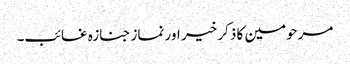
مرحومین کا ذکر خیر اور نماز جنازہ غائب۔